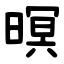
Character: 暝